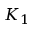
K _ { 1 }